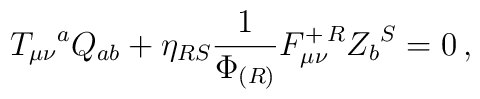
T_{\mu\nu}{}^a Q_{ab} + \eta_{RS}{1\over \Phi_{(R)}}F_{\mu\nu}^{+\,R}    Z_b{}^S = 0\,,